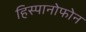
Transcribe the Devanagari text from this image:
हिस्पानोफोन